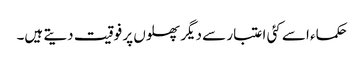
حکماء اسے کئی اعتبار سے دیگر پھلوں پر فوقیت دیتے ہیں۔